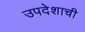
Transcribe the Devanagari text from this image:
उपदेशाची